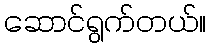
ဆောင်ရွက်တယ်။